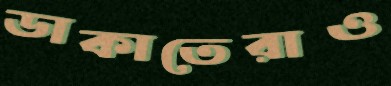
ডাকাতেরাও